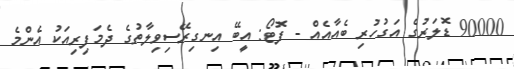
90000 ޑޮލަރުގެ އަގުހުރި ބެއާއެއް - ފޮޓޯ: އީބޭ އިނގިރޭސިވިލާތުގެ ދެމަފިރިއަކު އެންމެ